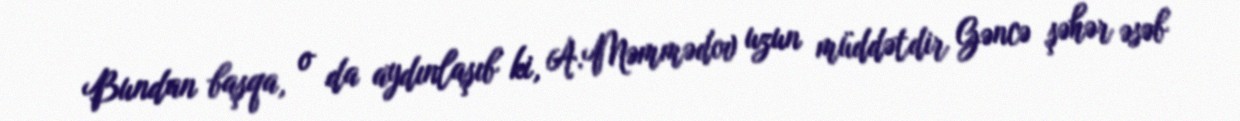
Bundan başqa, o da aydınlaşıb ki, A.Məmmədov uzun müddətdir Gəncə şəhər əsəb